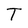
Character: T